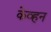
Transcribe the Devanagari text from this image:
केव्हन